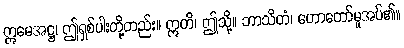
ဣမေအဋ္ဌ၊ ဤရှစ်ပါးတို့တည်း။ ဣတိ၊ ဤသို့။ ဘာသိတံ၊ ဟောတော်မူအပ်၏။